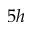
5 h